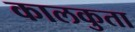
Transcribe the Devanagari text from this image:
कालकुता